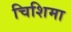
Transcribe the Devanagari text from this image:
चिशिमा